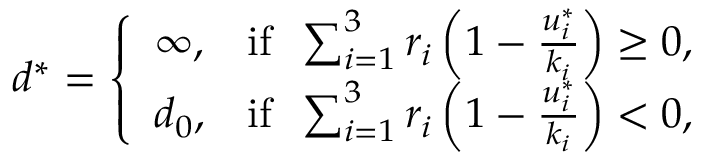
d ^ { * } = \left\{ \begin{array} { l l } { \infty , } & { \mathrm { i f } \; \; \sum _ { i = 1 } ^ { 3 } r _ { i } \left( 1 - \frac { u _ { i } ^ { * } } { k _ { i } } \right) \ge 0 , } \\ { d _ { 0 } , } & { \mathrm { i f } \; \; \sum _ { i = 1 } ^ { 3 } r _ { i } \left( 1 - \frac { u _ { i } ^ { * } } { k _ { i } } \right) < 0 , } \end{array} \right.